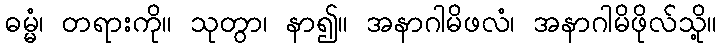
ဓမ္မံ၊ တရားကို။ သုတွာ၊ နာ၍။ အနာဂါမိဖလံ၊ အနာဂါမိဖိုလ်သို့။